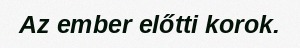
Az ember előtti korok.